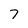
Character: 7